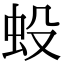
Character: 𧈻